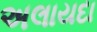
અલાયદા